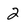
Character: 2